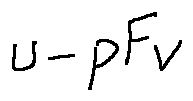
u - p F _ { v }